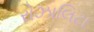
રોઝાલિટા